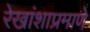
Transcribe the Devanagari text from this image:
रेखांशाप्रमाणे